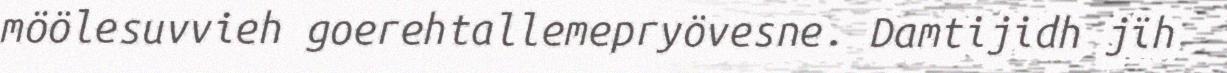
möölesuvvieh goerehtallemepryövesne. Damtijidh jïh